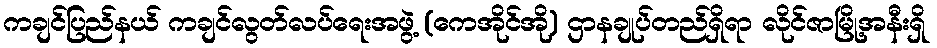
ကချင်ပြည်နယ် ကချင်လွတ်လပ်ရေးအဖွဲ့ (ကေအိုင်အို) ဌာနချုပ်တည်ရှိရာ လိုင်ဇာမြို့အနီးရှိ